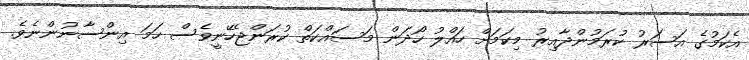
އެކަމުގެ އަސަރު ކުރަމުންދާއިރު މިކަމަށް ހައްލު ހޯދަން މަސައްކަތް ކުރަންޖެހޭނީވެސް ހަމަ އިންސާނުންނެވެ.